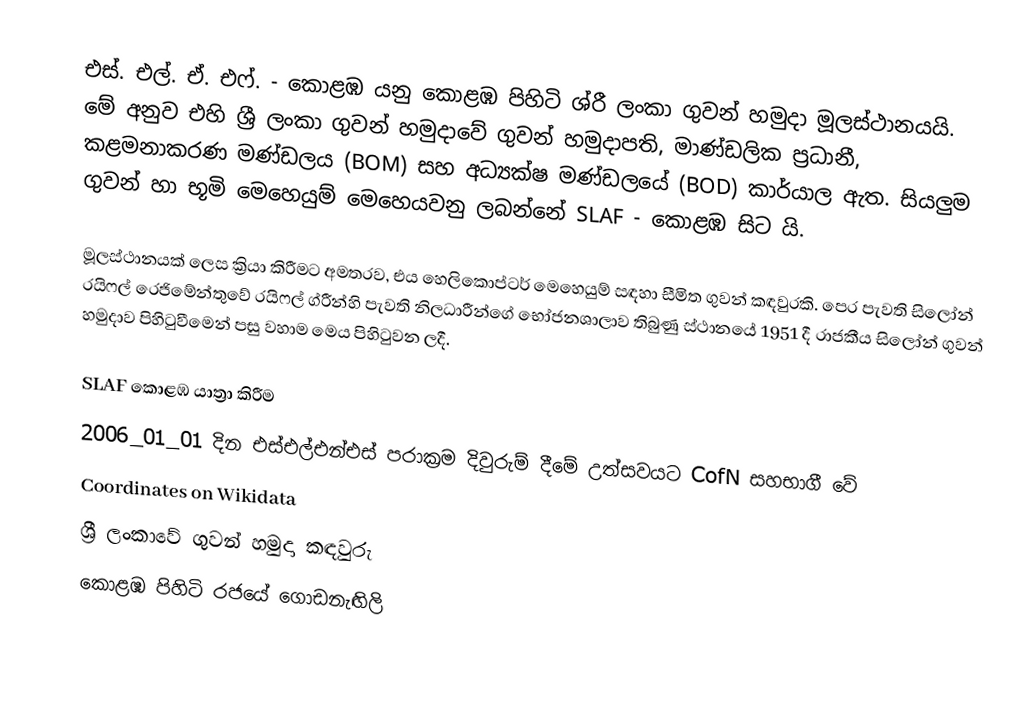
එස්. එල්. ඒ. එෆ්. - කොළඹ යනු කොළඹ පිහිටි ශ්රී ලංකා ගුවන් හමුදා මූලස්ථානයයි. මේ අනුව එහි ශ්‍රී ලංකා ගුවන් හමුදාවේ ගුවන් හමුදාපති, මාණ්ඩලික ප්‍රධානී, කළමනාකරණ මණ්ඩලය (BOM) සහ අධ්‍යක්ෂ මණ්ඩලයේ (BOD) කාර්යාල ඇත. සියලුම ගුවන් හා භූමි මෙහෙයුම් මෙහෙයවනු ලබන්නේ SLAF - කොළඹ සිට යි.

මූලස්ථානයක් ලෙස ක්‍රියා කිරීමට අමතරව, එය හෙලිකොප්ටර් මෙහෙයුම් සඳහා සීමිත ගුවන් කඳවුරකි. පෙර පැවති සිලෝන් රයිෆල් රෙජිමේන්තුවේ රයිෆල් ග්රීන්හි පැවති නිලධාරීන්ගේ භෝජනශාලාව තිබුණු ස්ථානයේ 1951 දී රාජකීය සිලෝන් ගුවන් හමුදාව පිහිටුවීමෙන් පසු වහාම මෙය පිහිටුවන ලදී.

 SLAF කොළඹ යාත්‍රා කිරීම
 2006_01_01 දින එස්එල්එන්එස් පරාක්‍රම දිවුරුම් දීමේ උත්සවයට CofN සහභාගී වේ
Coordinates on Wikidata
ශ්‍රී ලංකාවේ ගුවන් හමුදා කඳවුරු
කොළඹ පිහිටි රජයේ ගොඩනැඟිලි